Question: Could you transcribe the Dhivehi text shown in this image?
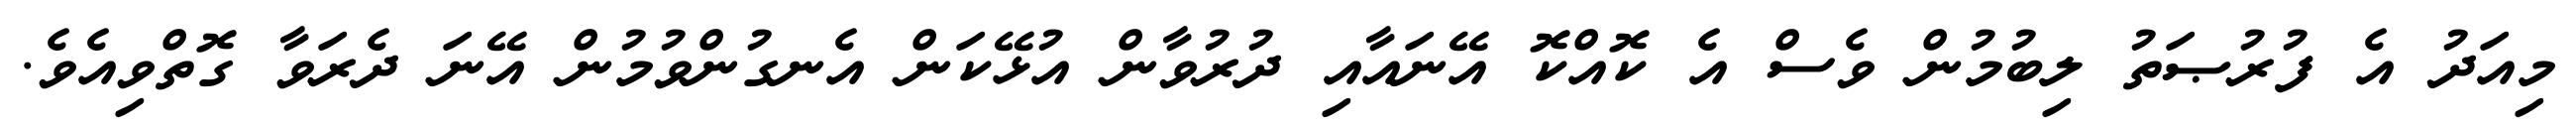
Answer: މިއަދު އެ ފުރުޞަތު ލިބުމުން ވެސް އެ ކޮއްކޮ އޭނައާއި ދުރުވާން އުޅޭކަން އެނގުންވުމުން އޭނަ ދެރަވާ ގޮތްވިއެވެ.